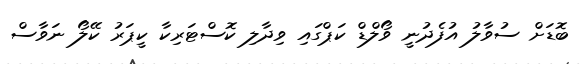
ބޮޑަށް ސުވާލު އުފެދުނީ ވޯލްޑް ކަޕްގައި ވިދާލި ކޮސްޓަރިކާ ކީޕަރު ކޭލޯ ނަވާސް